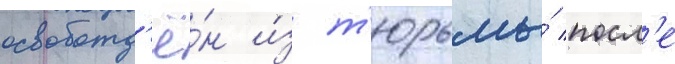
освобожд'ё́н и́з т'юрьмы́ посл'е